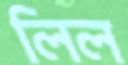
লিল